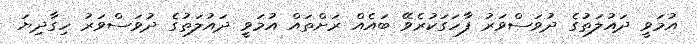
އުމަވީ ދައުލަތުގެ ދުވަސްވަރު ފާހަގަކުރެވޭ ބައެއް ރަށްތައް އުމަވީ ދައުލަތުގެ ދުވަސްވަރު ހިގާދިޔަ